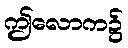
ဤလောက၌